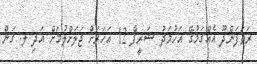
ރަތަފަންދޫ އެއްގަމުގޭ އަހުމަދު ޝަރީފް 12 އަހަރަށް ޖަލަށްލުމަށް އަދި ލ. ގަން